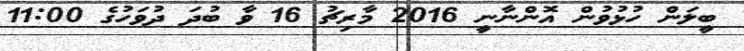
ބީލަން ހުޅުވުން އޮންނާނީ 2016 މާރިޗު 16 ވާ ބުދަ ދުވަހުގެ 11:00